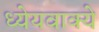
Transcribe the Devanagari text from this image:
ध्येयवाक्ये